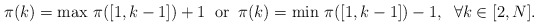
\begin{align*}\pi(k) = \max \, \pi( [1,k-1]) +1 \; \;\mbox{or} \; \; \pi(k) = \min \, \pi( [1,k-1]) - 1, \; \; \forall k \in [2,N].\end{align*}